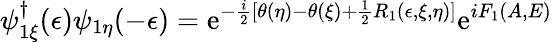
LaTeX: \psi_{1\xi}^{\dagger}(\epsilon)\psi_{1\eta}(-\epsilon)=\mathrm{e}^{-\frac{{i}}{{2}}[\theta(\eta)-\theta(\xi)+\frac{{1}}{{2}}R_{1}(\epsilon,\xi,\eta)]}\mathrm{e}^{iF_{1}(A,E)}